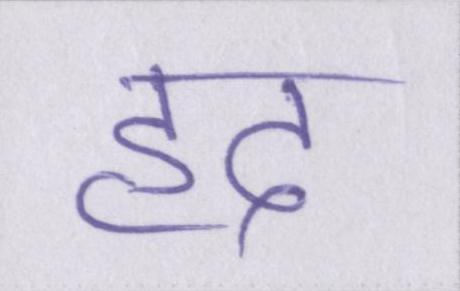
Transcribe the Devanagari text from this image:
हद